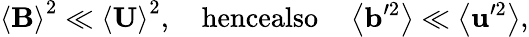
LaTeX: \left\langle\mathbf{B}\right\rangle^{2}\ll\left\langle\mathbf{U}\right\rangle^{2},\quad\textrm{hencealso}\quad\left\langle\mathbf{b}^{\prime 2}\right\rangle\ll\left\langle\mathbf{u}^{\prime 2}\right\rangle,